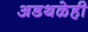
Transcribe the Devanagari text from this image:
अडथळेही